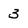
Character: 3